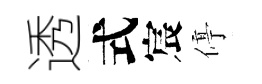
透式宸停